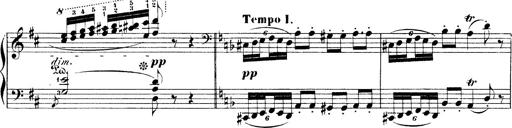
Title: Illustrations de l'opÃ©ra L'Africaine
Composer: Franz Liszt